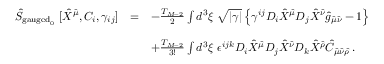
\begin{array} { r c l } { { \hat { S } _ { \mathrm { g a u g e d } _ { 0 } } \ [ \hat { X } ^ { \hat { \mu } } , C _ { i } , \gamma _ { i j } ] } } & { { = } } & { { - \frac { T _ { M - 2 } } { 2 } \int d ^ { 3 } \xi \ \sqrt { | \gamma | } \left\{ \gamma ^ { i j } D _ { i } \hat { X } ^ { \hat { \mu } } D _ { j } \hat { X } ^ { \hat { \nu } } \hat { g } _ { \hat { \mu } \hat { \nu } } - 1 \right\} } } \\ { { } } & { { } } & { { } } \\ { { } } & { { } } & { { + \frac { T _ { M - 2 } } { 3 ! } \int d ^ { 3 } \xi \ \epsilon ^ { i j k } D _ { i } \hat { X } ^ { \hat { \mu } } D _ { j } \hat { X } ^ { \hat { \nu } } D _ { k } \hat { X } ^ { \hat { \rho } } \hat { C } _ { \hat { \mu } \hat { \nu } \hat { \rho } } \, . } } \end{array}